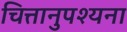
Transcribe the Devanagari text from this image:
चित्तानुपश्यना